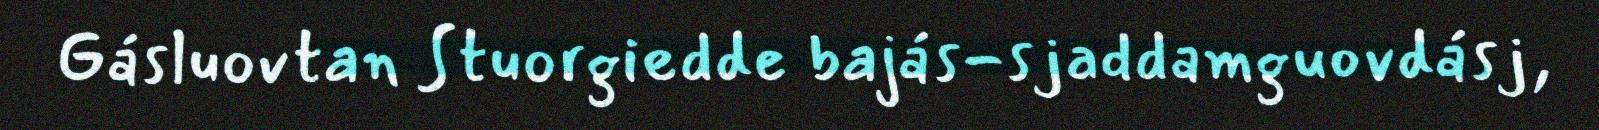
Gásluovtan Stuorgiedde bajás-sjaddamguovdásj,